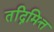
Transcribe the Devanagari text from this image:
तद्निमित्त